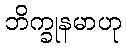
ဘိက္ခုနမာဟု